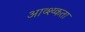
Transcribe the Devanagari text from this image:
आव्श्य्कता